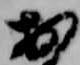
お